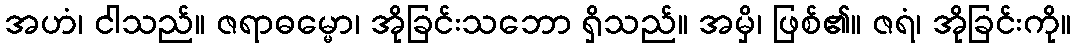
အဟံ၊ ငါသည်။ ဇရာဓမ္မော၊ အိုခြင်းသဘော ရှိသည်။ အမှိ၊ ဖြစ်၏။ ဇရံ၊ အိုခြင်းကို။